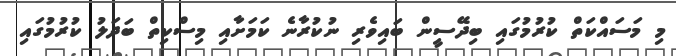
މި މަސައްކަތް ކުރުމުގައި ބިދޭސީން ބައިވެރި ނުކުރާނެ ކަމަށާއި މިސްކިތް ބަދަލު ކުރުމުގައި